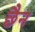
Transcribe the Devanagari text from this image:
छैन